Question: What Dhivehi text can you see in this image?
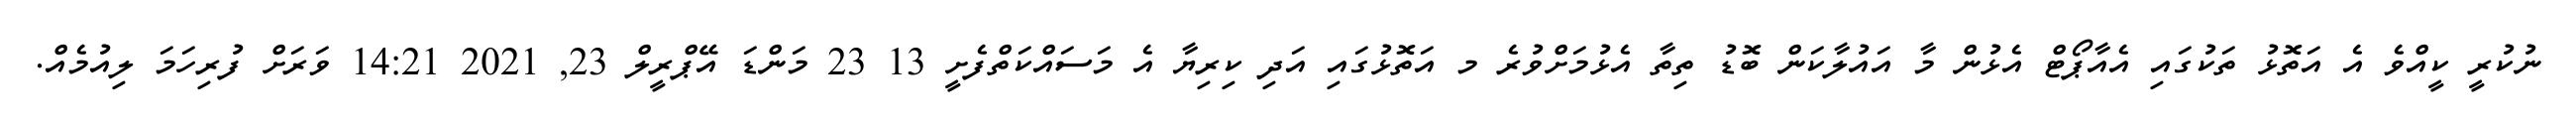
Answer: ނުކުރީ ކީއްވެ އެ އަތޮޅު ތަކުގައި އެއާޕޯޓް އެޅުން މާ އައުލާކަން ބޮޑު ތިތާ އެޅުމަށްވުރެ މ އަތޮޅުގައި އަދި ކިރިޔާ އެ މަސައްކަތްފެށީ 13 23 މަންޑަ އޭޕްރީލް 23, 2021 14:21 ވަރަށް ފުރިހަމަ ލިއުމެއް.